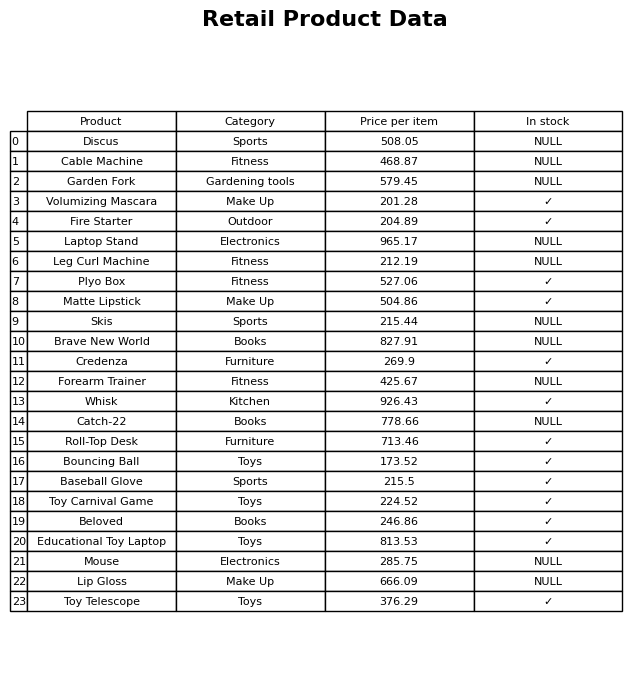
question: What is the price of the Volumizing Mascara?
answer: The price of Volumizing Mascara is 201.28.